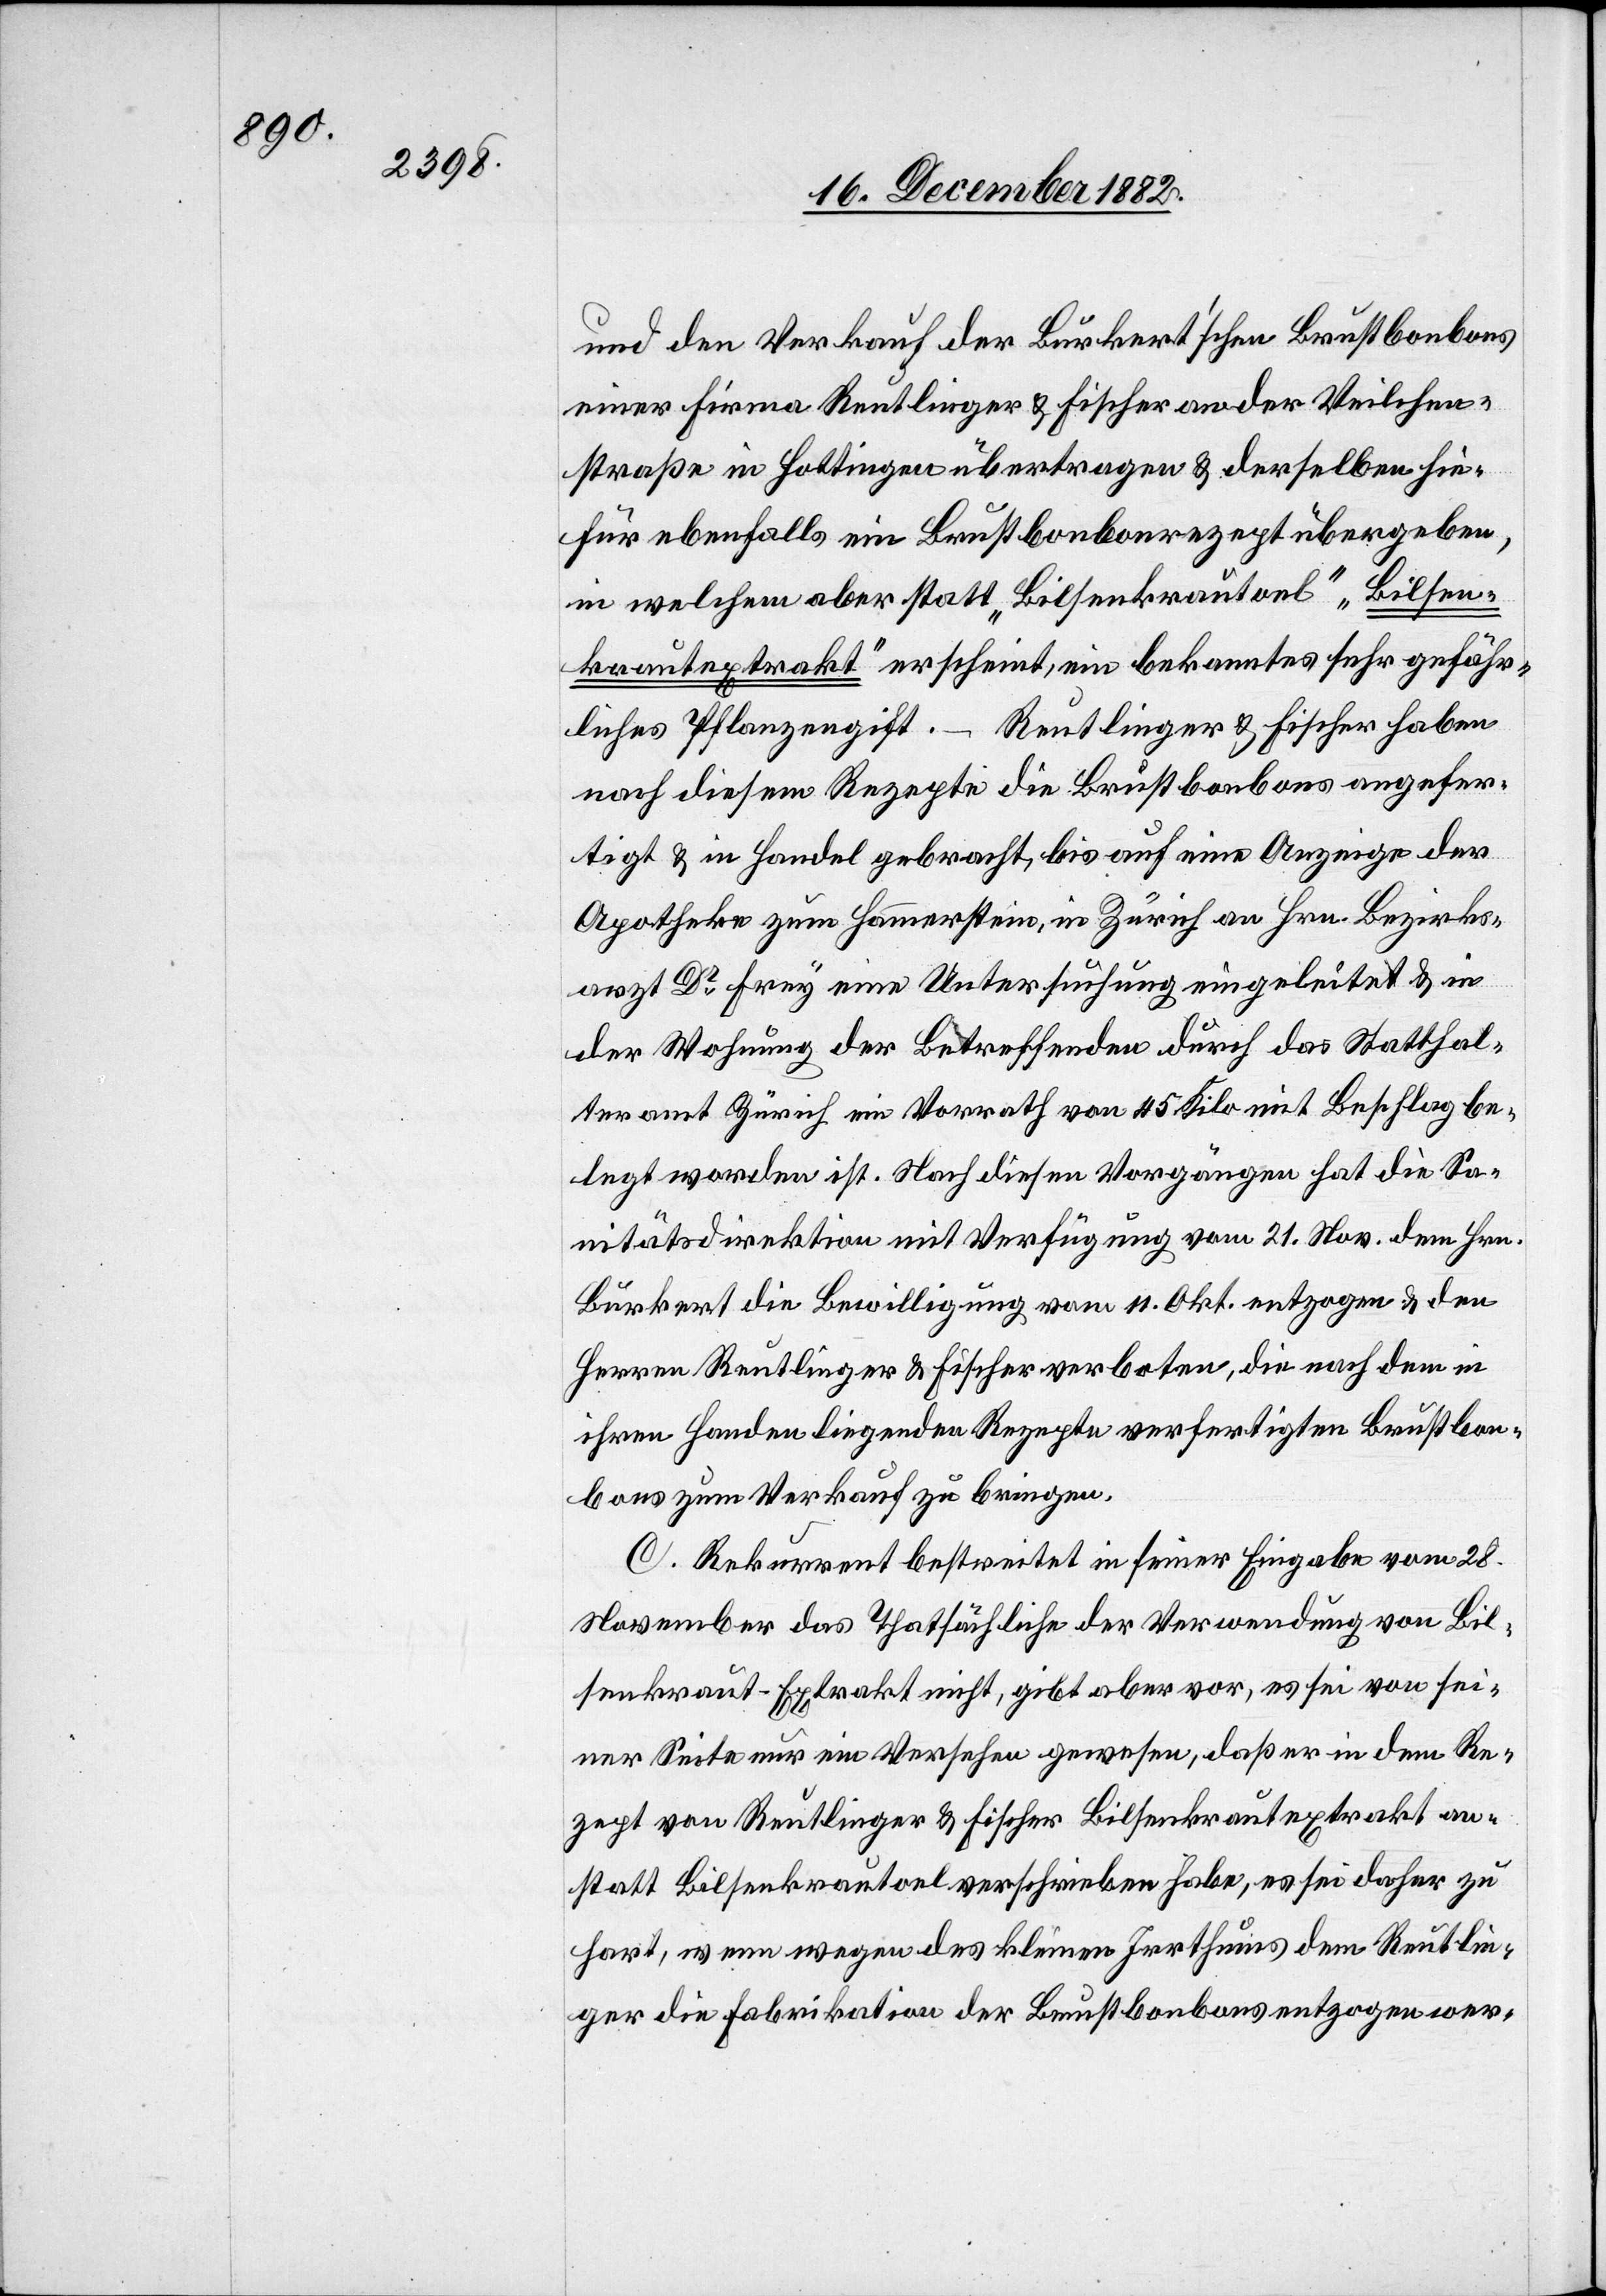
und den Verkauf der Burkert’schen Brustbonbons
einer Firma Reutlinger & Fischer an der Veilchen¬
straße in Hottingen übertragen & derselben hie¬
für ebenfalls ein Brustbonbonrezept übergeben,
in welchem aber statt „Bilsenkrautoel“ „Bilsen¬
krautextrakt“ erscheint, ein bekanntes sehr gefähr¬
liches Pflanzengift. – Reutlinger & Fischer haben
nach diesem Rezepte die Brustbonbons angefer¬
tigt & in Handel gebracht, bis auf eine Anzeige der
Apotheke zum Hammerstein, in Zürich an Hrn. Bezirks¬
arzt Dr . Frey eine Untersuchung eingeleitet & in
der Wohnung der Betreffenden durch das Statthal¬
teramt Zürich ein Vorrath von 45 Kilo mit Beschlag be¬
legt worden ist. Nach diesen Vorgängen hat die Sa¬
nitätsdirektion mit Verfügung vom 21. Nov. dem Hrn.
Burkert die Bewilligung vom 11. Okt. entzogen & den
Herren Reutlinger & Fischer verboten, die nach dem in
ihren Handen liegenden Rezepte verfertigten Brustbon¬
bons zum Verkauf zu bringen.
C. Rekurrent bestreitet in seiner Eingabe vom 28.
November das Thatsächliche der Verwendung von Bil¬
senkraut-Extrakt nicht, gibt aber vor, es sei von sei¬
ner Seite nur ein Versehen gewesen, daß er in dem Re¬
zept von Reutlinger & Fischer Bilsenkrautextrakt an¬
statt Bilsenkrautoel verschrieben habe, es sei daher zu
hart, wenn wegen des kleinen Irrthums dem Reutlin¬
ger die Fabrikation der Brustbonbons entzogen wer-